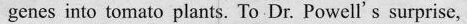
genes into tomato plants. To Dr.Pouat's surprise,